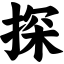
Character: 探